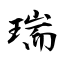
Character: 瑞